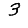
Digit: 3